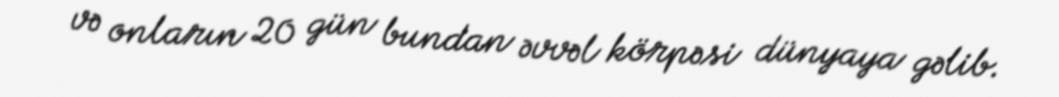
və onların 20 gün bundan əvvəl körpəsi dünyaya gəlib.